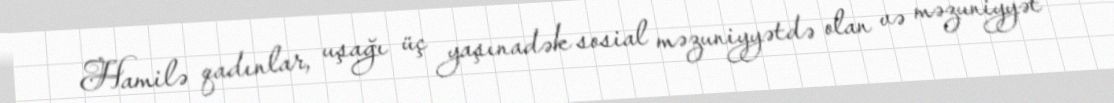
Hamilə qadınlar, uşağı üç yaşınadək sosial məzuniyyətdə olan və məzuniyyət